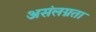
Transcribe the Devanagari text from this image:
असंलग्नता